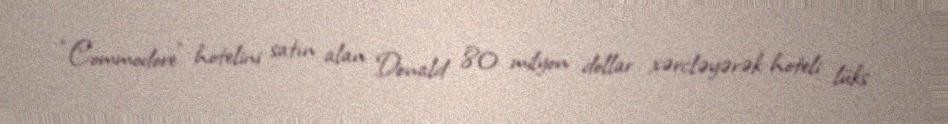
“Commodore” hotelini satın alan Donald 80 milyon dollar xərcləyərək hoteli lüks